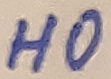
Text: HO